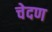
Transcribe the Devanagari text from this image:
चेदण